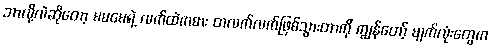
ဘာလို့လဲဆိုတော့ မမမေရဲ့ လက်ထဲကဓား တလက်လက်ဖြစ်သွားတာကို ကျွန်တော့် မျက်လုံးတွေက